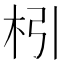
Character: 𣏖